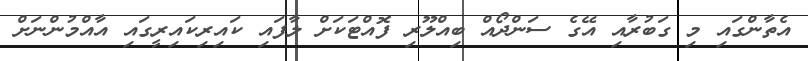
އެތާންގައި މި ގަބުރާއި އޭގެ ސަންދޯއް ބިއްލޫރި ފޮއްޓަކަށް ލާފައި ކައިރިކައިރީގައި އާއްމުންނަށް